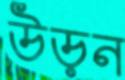
উড়ন